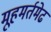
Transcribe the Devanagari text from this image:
मूहमर्तमेढ